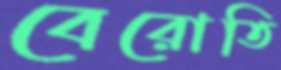
বেরোতি